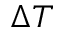
\Delta T